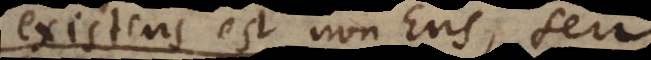
existens est Ens seu